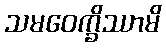
သမဝေက္ခိဿာမိ